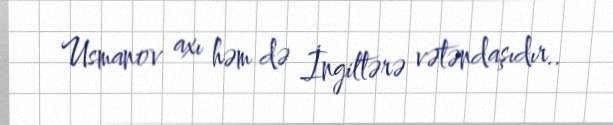
Usmanov axı həm də İngiltərə vətəndaşıdır..